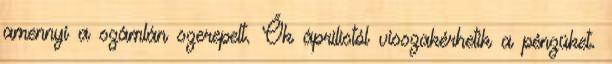
amennyi a számlán szerepelt. Ők áprilistól visszakérhetik a pénzüket.